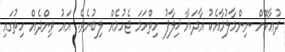
ދުޢާކޮށް ނިންމާލުމާއެކު އާދަޔާ ޚިލާފު ހިތްހަމަ ޖެހުމެއް ލިބުނެވެ. އައު ވިންދެއް ހިތުގައި